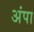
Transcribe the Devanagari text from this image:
अंपा